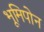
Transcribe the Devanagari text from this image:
भूमिपोन